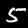
Label: 5